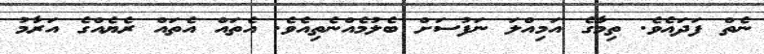
ނެތް ފަދައެވެ. ތިމާގެ އަމިއްލަ ނަފުސަށް ބެލުމެއްނެތިއެވެ. އެތައް އެތައް ރެޔެއްގެ އަރާމު